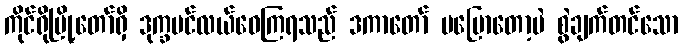
ကိုင်ရိုမြို့တော်ရှိ ဒုက္ခပင်လယ်ဝေကြရသည် ဒကာတော် မပြောတော့ပဲ စွဲချက်တင်သော